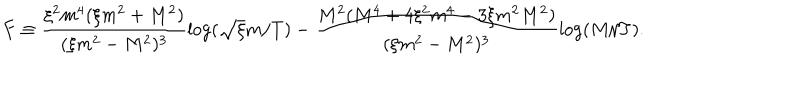
LaTeX: F \equiv \frac { \xi ^ { 2 } m ^ { 4 } ( \xi m ^ { 2 } + M ^ { 2 } ) } { ( \xi m ^ { 2 } - M ^ { 2 } ) ^ { 3 } } \log ( \sqrt { \xi } m / T ) - \frac { M ^ { 2 } ( M ^ { 4 } + 4 \xi ^ { 2 } m ^ { 4 } - 3 \xi m ^ { 2 } M ^ { 2 } ) } { ( \xi m ^ { 2 } - M ^ { 2 } ) ^ { 3 } } \log ( M / T ) .